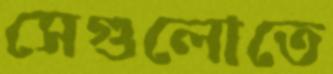
সেগুলোতে